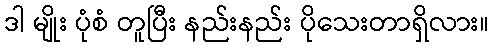
ဒါ မျိုး ပုံစံ တူပြီး နည်းနည်း ပိုသေးတာရှိလား။